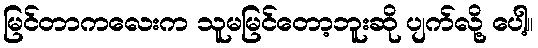
မြင်တာကလေးက သူမမြင်တော့ဘူးဆို ပျက်လို့ ပေါ့။